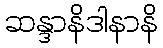
ဆန္ဒာနိဒါနာနိ